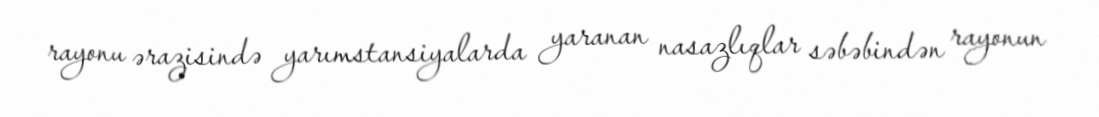
rayonu ərazisində yarımstansiyalarda yaranan nasazlıqlar səbəbindən rayonun